Tartu_pedagoogiumi_aruanded, lk 15
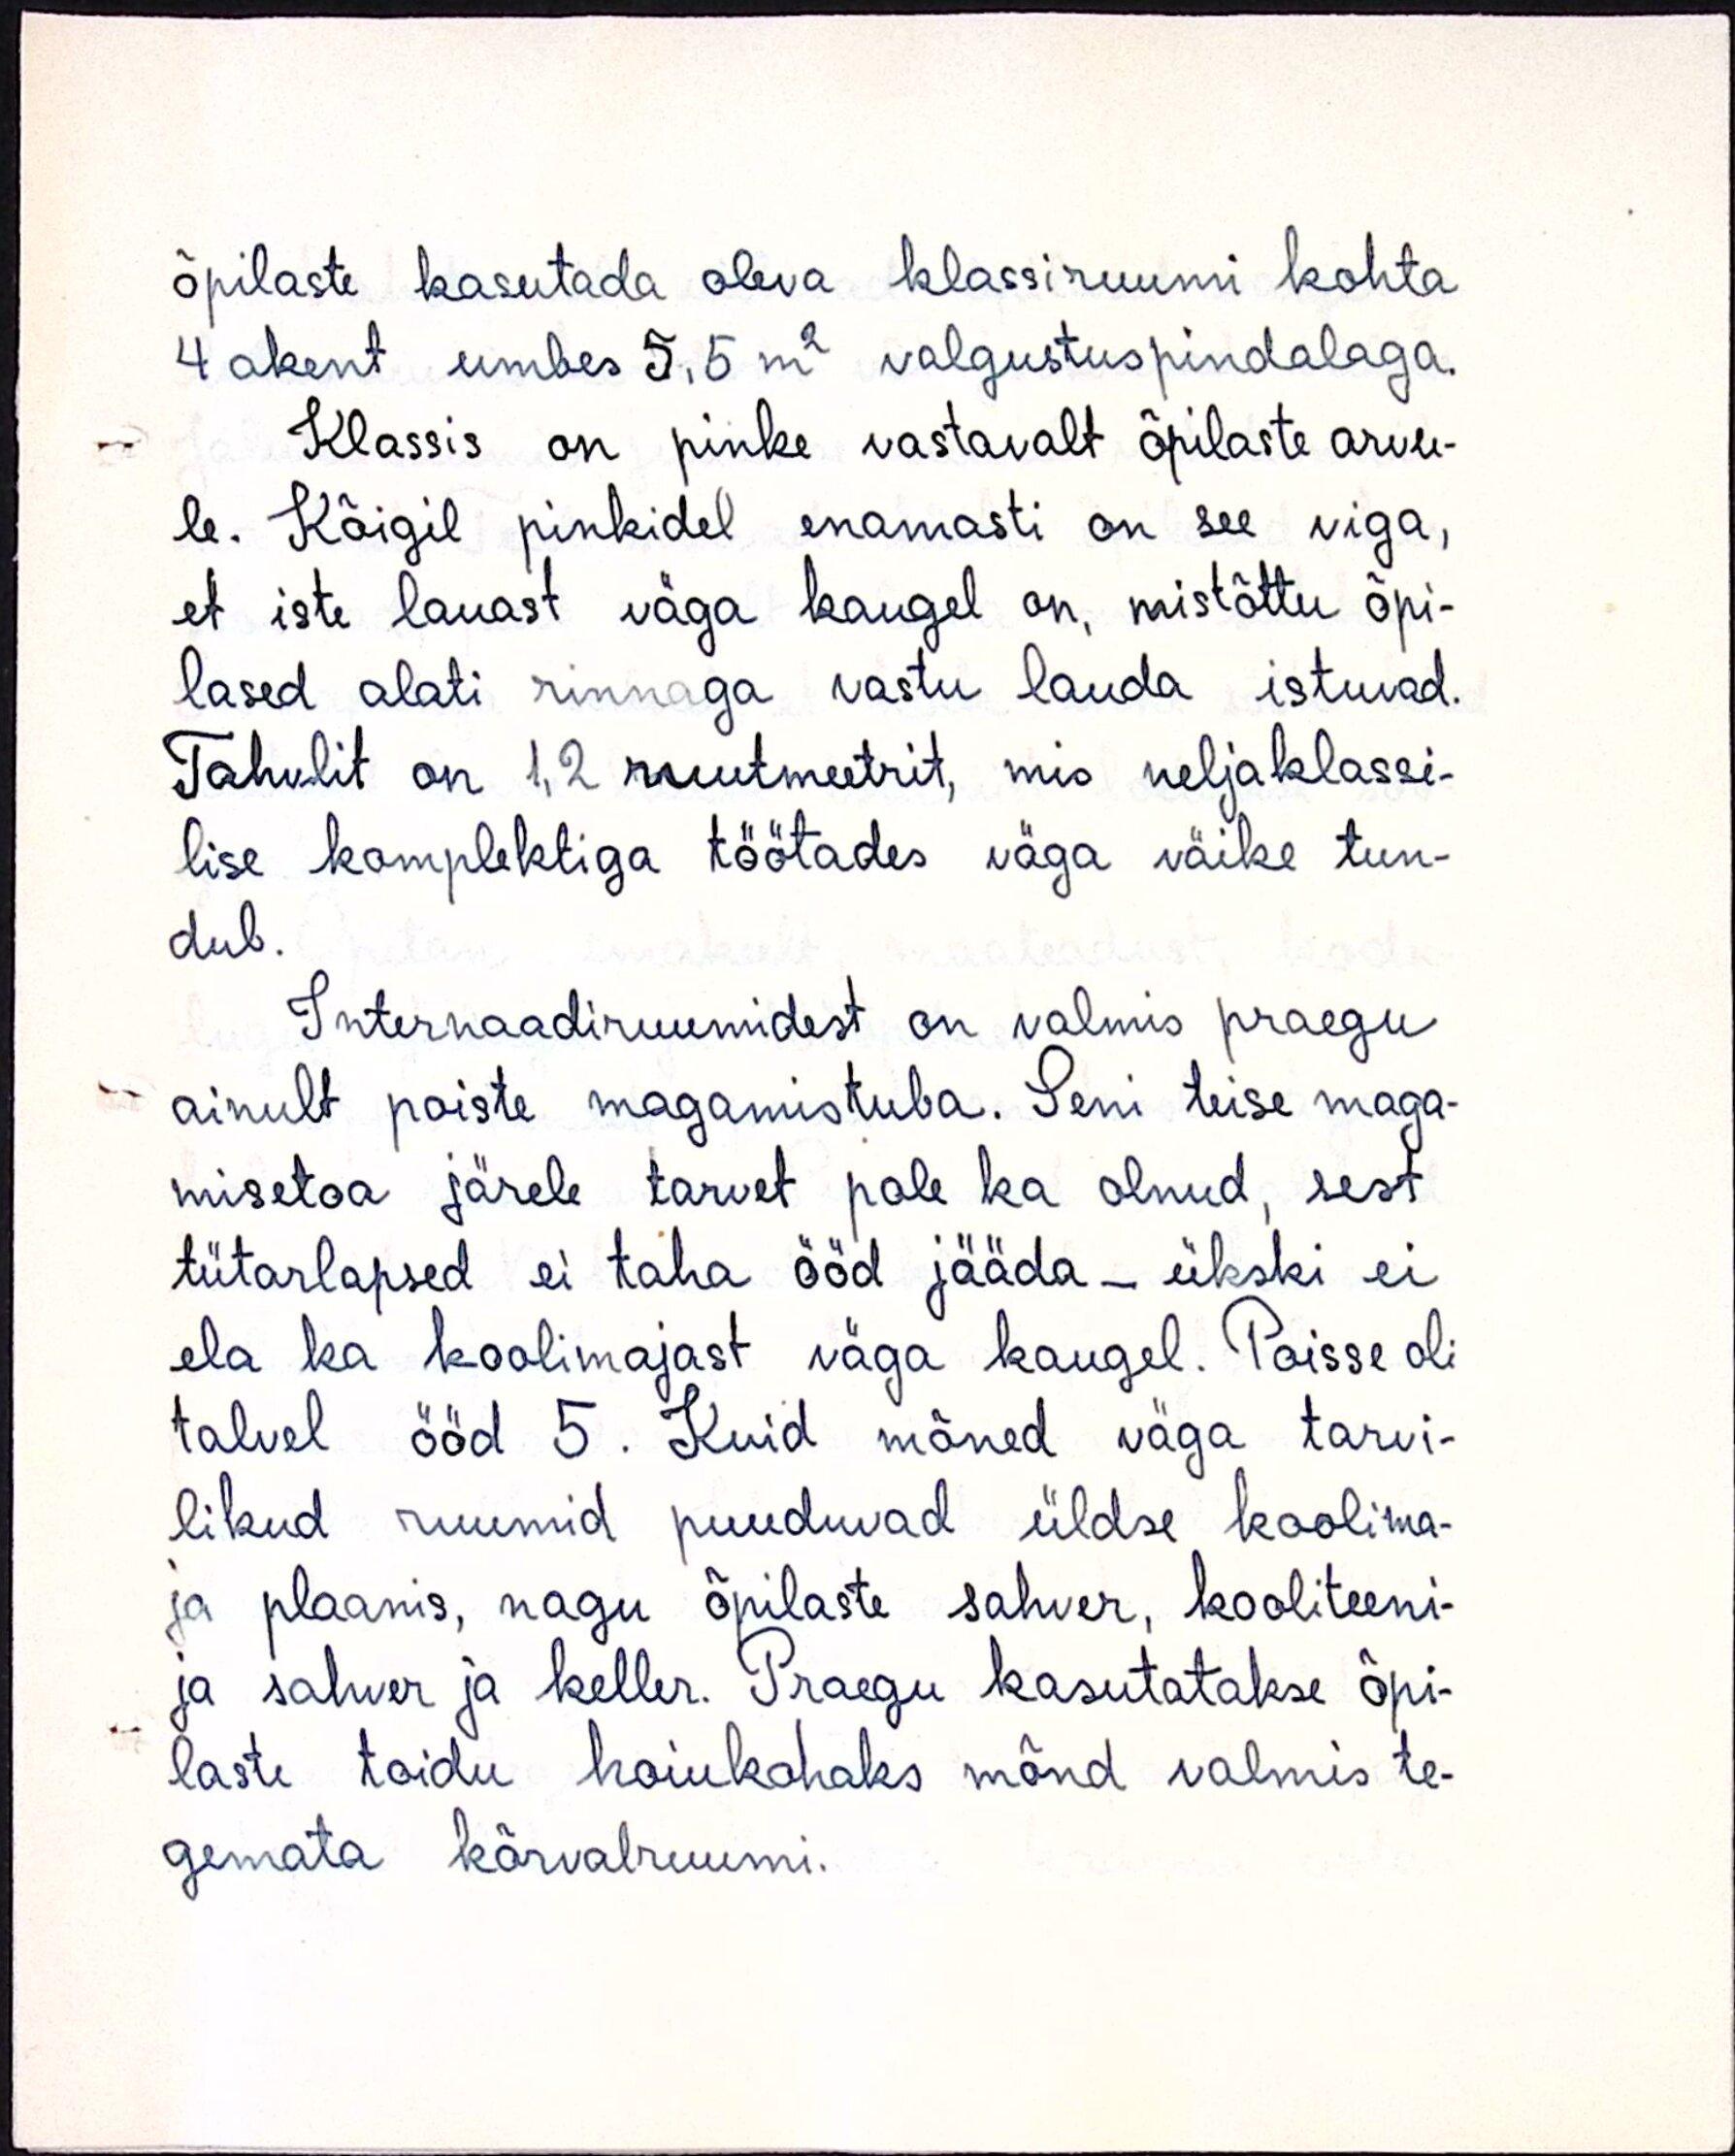
õpilaste kasutada oleva klassiruumi kohta
4 akent umbes 5,5m2 valgustuspindalaga.
Klassis on pinke vastavalt õpilaste arvu-
le. Kõigil pinkidel enamasti on see viga,
et iste lauast väga kaugel on, mistõttu õpi-
lased alati rinnaga vastu lauda istuvad.
Tahvlit on 1,2 muutmeetrit, mis neljaklassi-
lise komplektiga töötades väga väike tun-
dub.
Internaadiruumidest on valmis praegu
ainult poiste magamistuba. Seni teise maga-
misetoa järele tarvet pole ka olnud, sest
tütarlapsed ei taha ööd jääda - ükski ei
ela ka koolimajast väga kaugel. Poisse oli
talvel ööd 5. Kuid mõned väga tarvi-
likud ruumid puuduvad üldse koolima-
ja plaanis, nagu õpilaste sahver, kooliteeni-
ja sahver ja keller. Praegu kasutatakse õpi-
laste toidu hoiukohaks mõnd valmis te-
gemata kõrvalruumi.